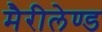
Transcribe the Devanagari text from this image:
मैरीलेण्ड